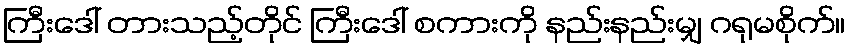
ကြီးဒေါ် တားသည့်တိုင် ကြီးဒေါ် စကားကို နည်းနည်းမျှ ဂရုမစိုက်။